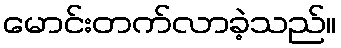
မောင်းတက်လာခဲ့သည်။